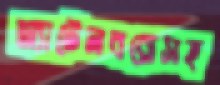
অ্যাটেনবরোসহ